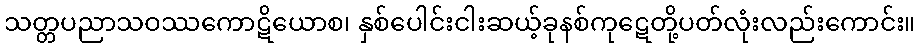
သတ္တပညာသဝဿကောဋိယောစ၊ နှစ်ပေါင်းငါးဆယ့်ခုနစ်ကုဋေတို့ပတ်လုံးလည်းကောင်း။